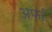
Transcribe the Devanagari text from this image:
अर्फा